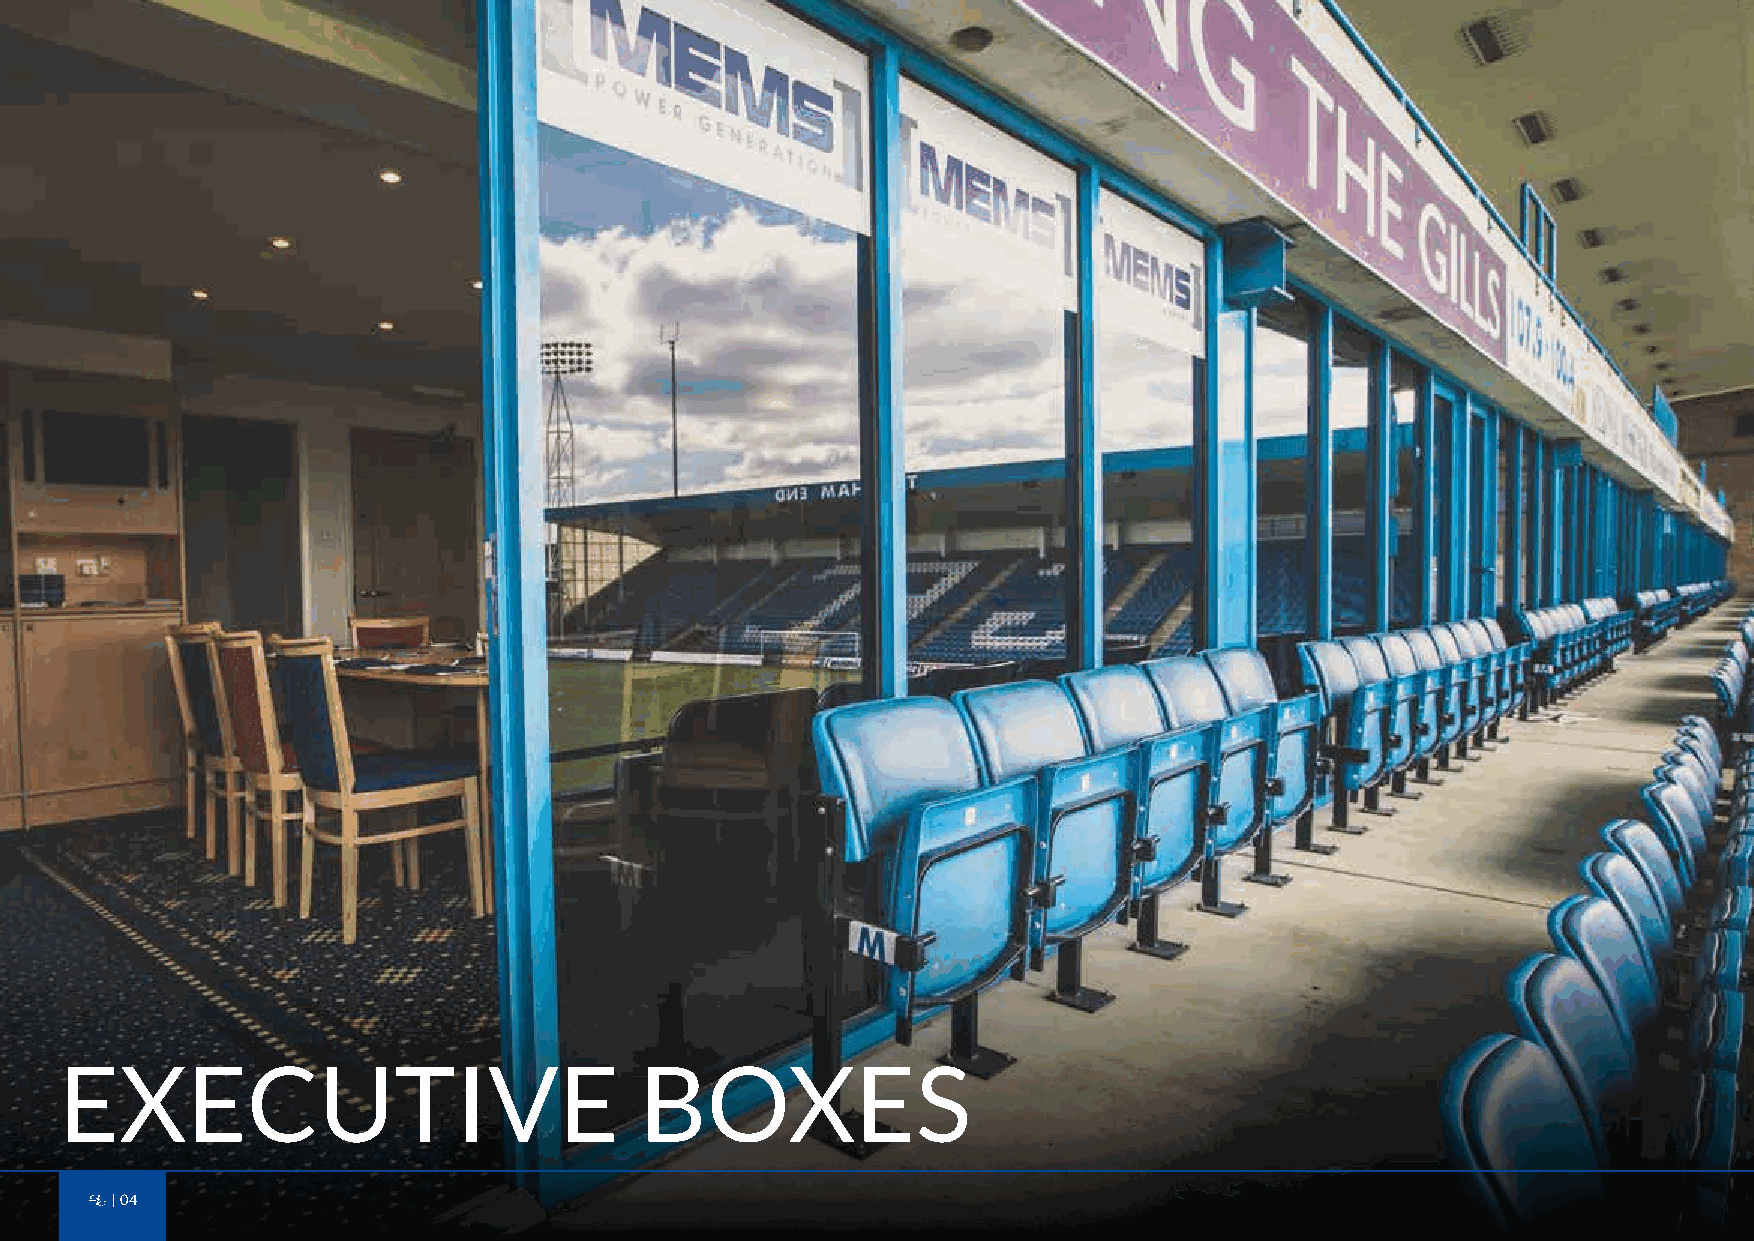
EXECUTIVE                             BOXES
 04